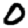
Digit: 0